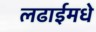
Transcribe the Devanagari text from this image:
लढाईमधे